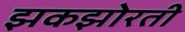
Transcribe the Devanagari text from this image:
झकझोरती